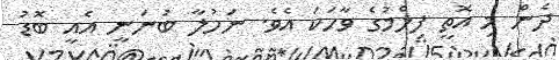
ދެން މި އޮތީ ފިލްމުގެ ވާހަކަ އެވެ. ނަހުލާ ބުނަނީ އެއީ ބޮޑު